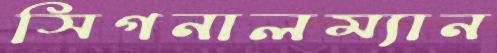
সিগনালম্যান